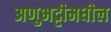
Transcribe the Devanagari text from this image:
अणुभट्टीमधील